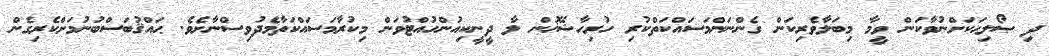
ދި ޞޯލިޙަކަށްނުވާކަން ވީމާ މިބަލާވެރިކަން ގެންނަންމަސައްކަތްކުރި ހުރިހާޝޭޚުން ލާ ދީނީކިއުންހުއްޓުވަން މިކުރާމަސައްކަތާމެދުވިސްނާށެވެ. ޙައްޤުބަސްބުނުމަށްކެރިގެން